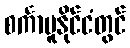
စင်္ကာပူနိုင်ငံတွင်